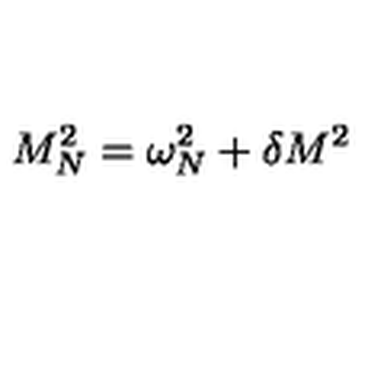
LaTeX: M _ { N } ^ { 2 } = \omega _ { N } ^ { 2 } + \delta M ^ { 2 }